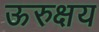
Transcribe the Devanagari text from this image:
ऊरुक्षय